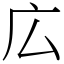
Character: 広